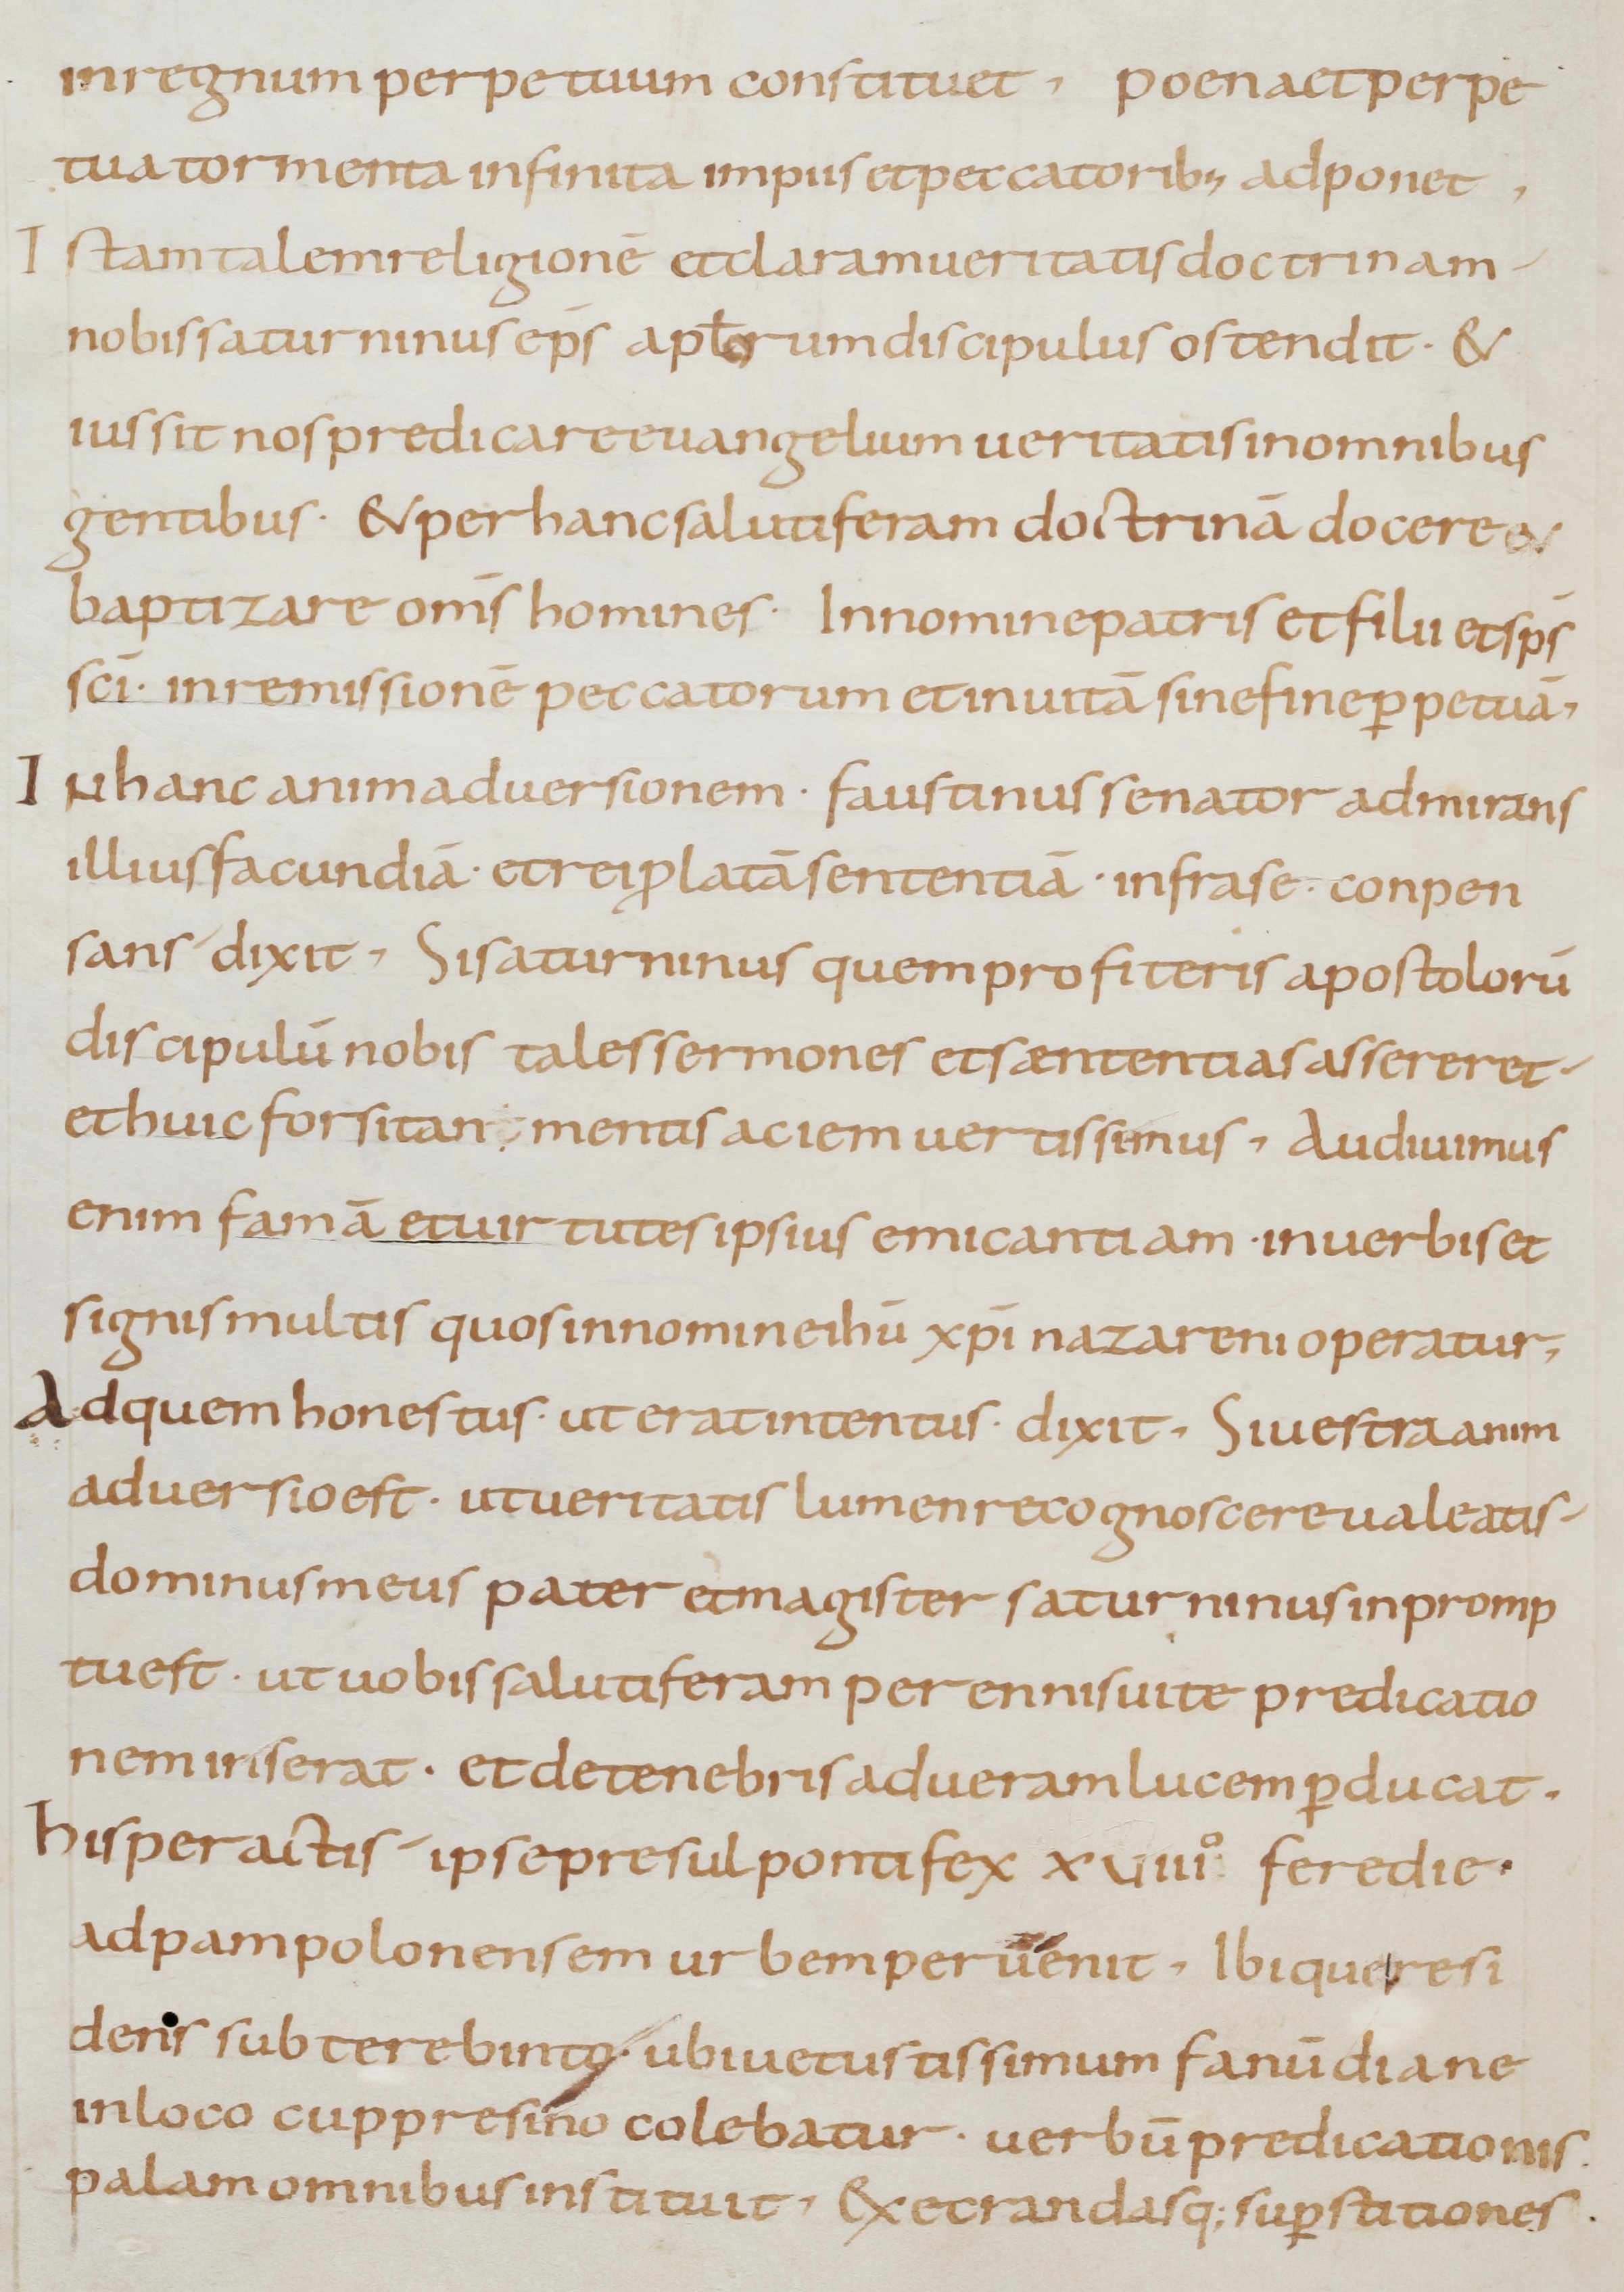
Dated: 800–999